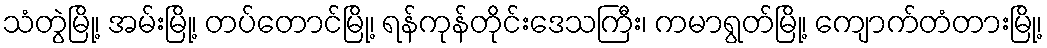
သံတွဲမြို့၊ အမ်းမြို့၊ တပ်တောင်မြို့၊ ရန်ကုန်တိုင်းဒေသကြီး၊ ကမာရွတ်မြို့၊ ကျောက်တံတားမြို့၊